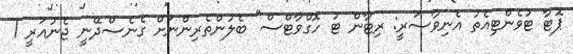
ޕޮޓާ ޓުވެންޓިއެތު އެނިވާސަރީ: ރިޓާން ޓު ހޮގްވާޓްސް" ބެލުންތެރިންނަށް ގެނެސްދޭނީ ޖެނުއަރީ 1